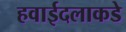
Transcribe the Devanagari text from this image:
हवाईदलाकडे